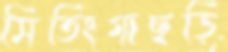
মিতিংগাছড়ি